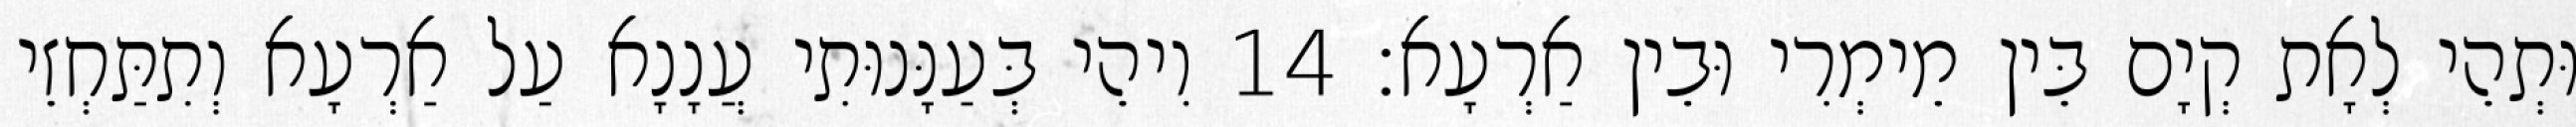
וּתְהֵי לְאָת קְיָם בֵּין מֵימְרִי וּבֵין אַרְעָא׃ 14 וִיהֵי בְּעַנָּנוּתִי עֲנָנָא עַל אַרְעָא וְתִתַּחְזֵי